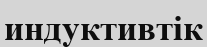
индуктивтік